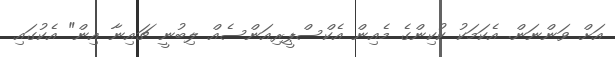
އަށް ވަންނަން. އެކަމަކު ކުކިންގެ މެއިން އެކްސްޕީރިއަންސެއް ލިބުނީ ޗައިނާ އިން" އެކުގައި